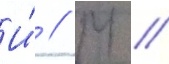
И́ // М //